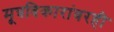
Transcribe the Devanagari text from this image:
मूत्रविकारांवरही